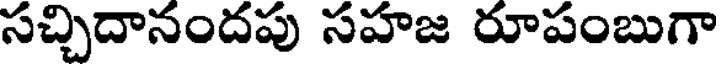
సచ్చిదానందపు సహజ రూపంబుగా